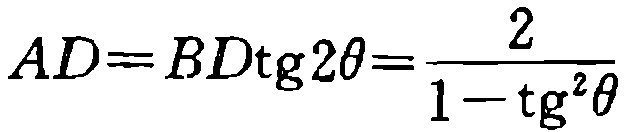
\(AD = BD\mathrm{tg}2\theta=\frac{2}{1 - \mathrm{tg}^{2}\theta}\)